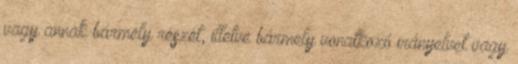
vagy annak bármely részét, illetve bármely vonatkozó irányelvet vagy